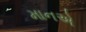
માનએ